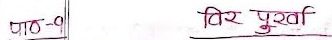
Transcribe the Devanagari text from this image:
पाठ - १
बिर पुर्खा